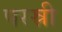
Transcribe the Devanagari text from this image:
परस्री